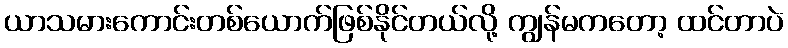
ယာသမားကောင်းတစ်ယောက်ဖြစ်နိုင်တယ်လို့ ကျွန်မကတော့ ထင်တာပဲ